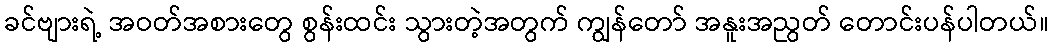
ခင်ဗျားရဲ့ အဝတ်အစားတွေ စွန်းထင်း သွားတဲ့အတွက် ကျွန်တော် အနူးအညွတ် တောင်းပန်ပါတယ်။